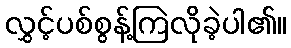
လွှင့်ပစ်စွန့်ကြဲလိုခဲ့ပါ၏။